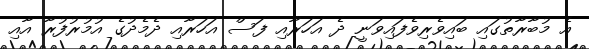
އެ މުބާރާތުގައި ބައިވެރިވެފައިވަނީ ދެ އަހަރާއި ފަސް އަހަރާއި ދެމެދުގެ އުމުރުފުރާ އާއި